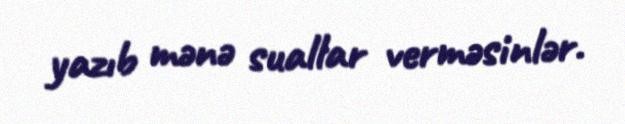
yazıb mənə suallar verməsinlər.